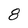
Character: 8